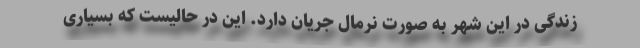
زندگی در این شهر به صورت نرمال جریان دارد. این در حالیست که بسیاری